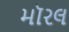
મૉરલ